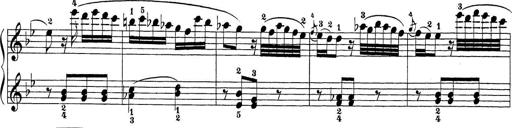
Title: Sonatina Album
Composer: Louis KÃ¶hler